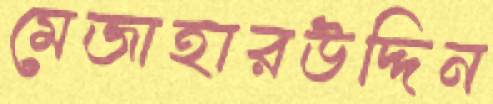
মেজাহারউদ্দিন